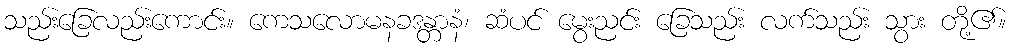
သည်းခြေလည်းကောင်း။ ကေသလောမနခဒန္တာနံ၊ ဆံပင် မွေးညင်း ခြေသည်း လက်သည်း သွား တို့၏။